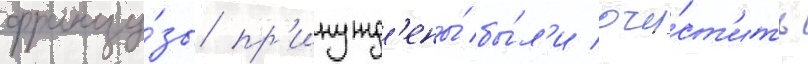
францу́зы пр'инужд'ены́ бы́л'и очи́ст'ить